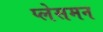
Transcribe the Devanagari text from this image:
प्लेसमन